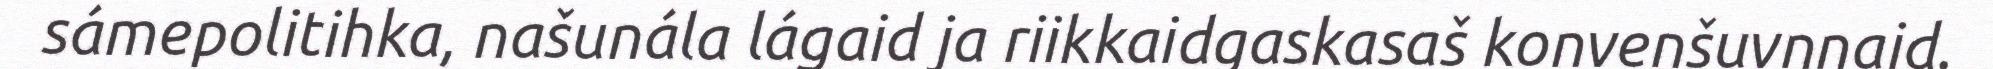
sámepolitihka, našunála lágaid ja riikkaidgaskasaš konvenšuvnnaid.